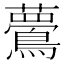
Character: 𪅇